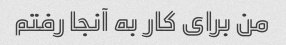
من برای کار به آنجا رفتم